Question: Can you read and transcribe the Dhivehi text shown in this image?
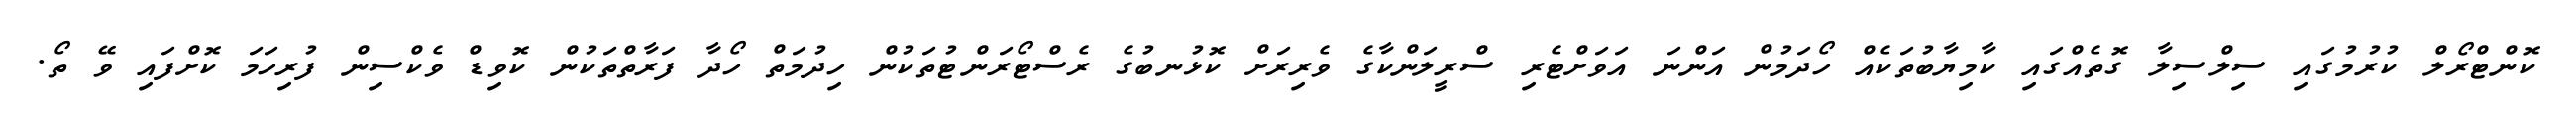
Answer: ކޮންޓްރޯލް ކުރުމުގައި ސިލްސިލާ ގޮތެއްގައި ކާމިޔާބުތަކެއް ހޯދަމުން އަންނަ އަވަށްޓެރި ސްރީލަންކާގެ ވެރިރަށް ކޮޅުނބުގެ ރެސްޓޯރަންޓުތަކުން ހިދުމަތް ހޯދާ ފަރާތްތަކުން ކޮވިޑް ވެކްސިން ފުރިހަމަ ކޮށްފައި ވޭ ތޯ.